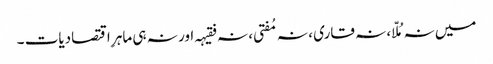
میں نہ مُلّا ، نہ قاری ، نہ مُفتی ، نہ فقیہہ اور نہ ہی ماہرِ اقتصادیات ۔